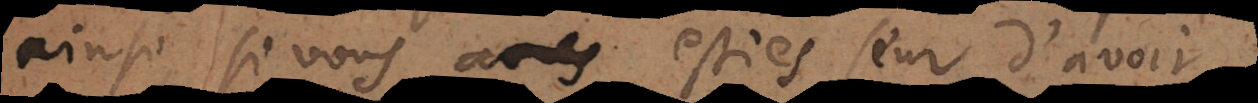
ainsi, si vous estiés seur d’avoir